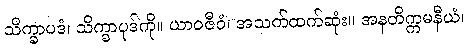
သိက္ခာပဒံ၊ သိက္ခာပုဒ်ကို။ ယာဝဇီဝံ၊ အသက်ထက်ဆုံး။ အနတိက္ကမနီယံ၊